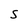
Character: S